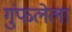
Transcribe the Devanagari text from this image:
गुंफलेला